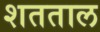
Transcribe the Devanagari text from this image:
शतताल